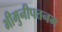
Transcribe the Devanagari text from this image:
भीमुनीपत्तनम